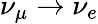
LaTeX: \nu_{\mu}\to\nu_{e}